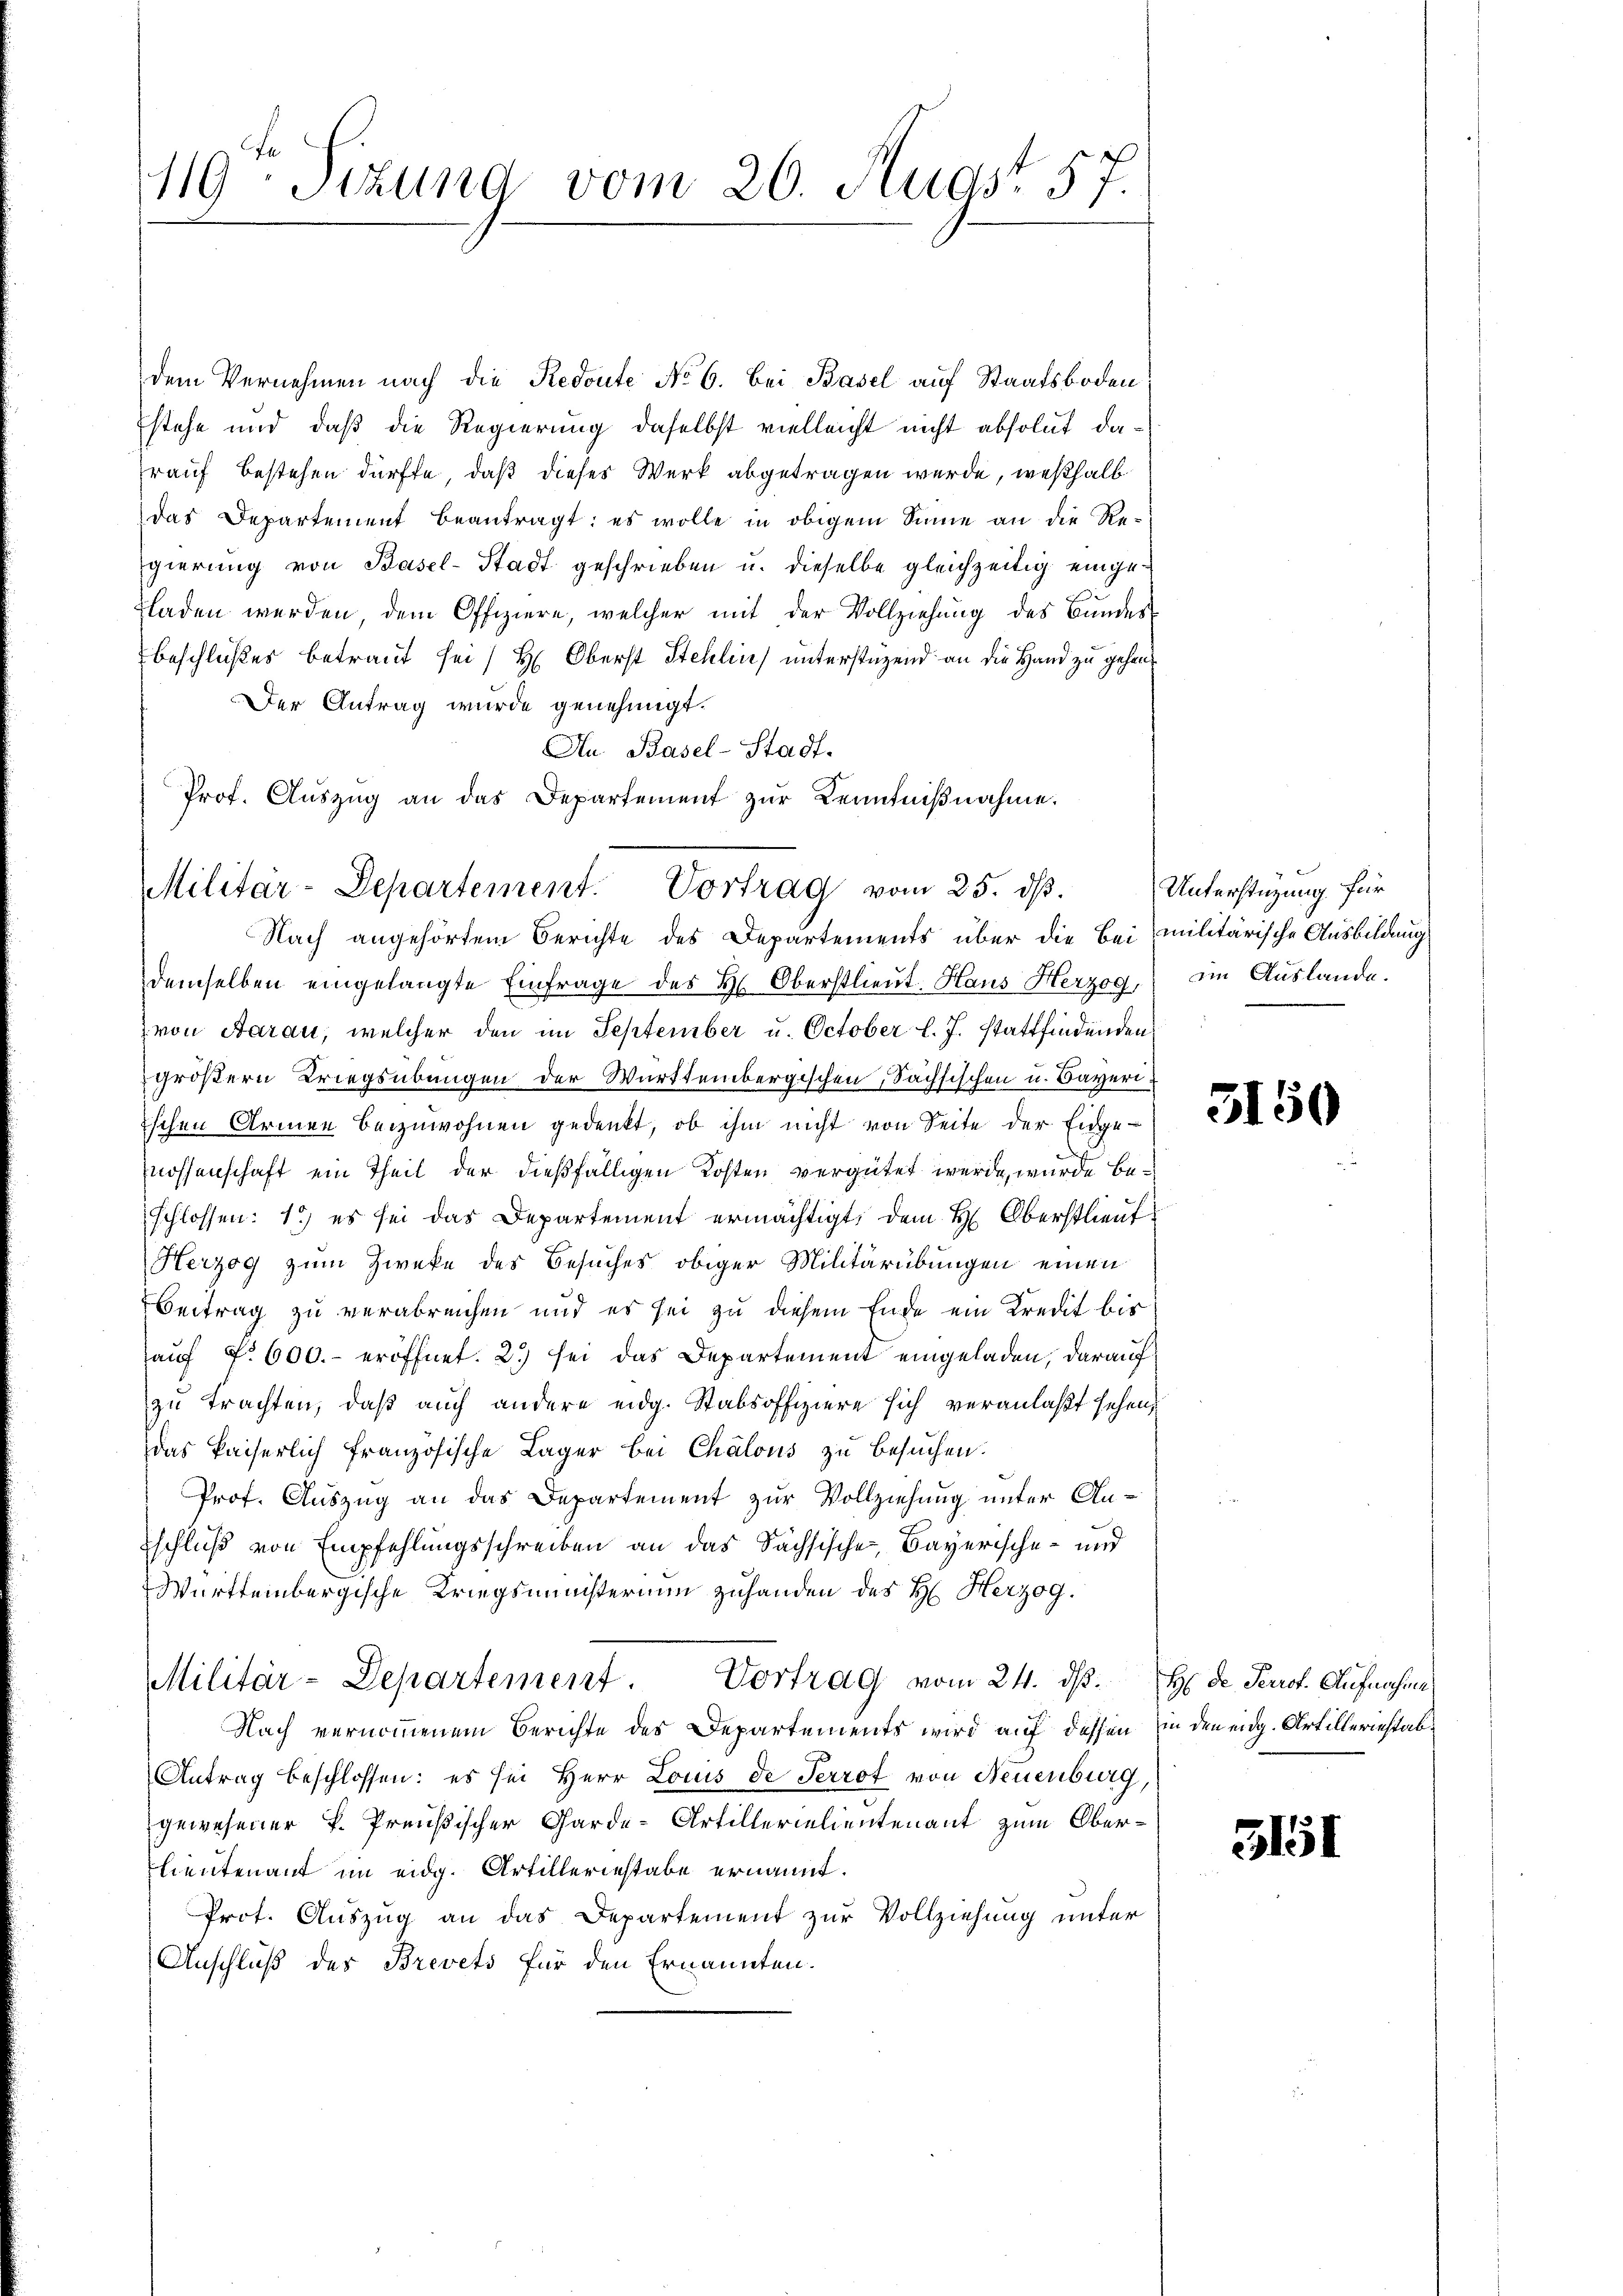
119 Sizung vom 26. Augst 57.

dem Vernehmen nach die Redoute No 6. Bei Basel auf Staatsboden
stehe und daß die Regierung daselbst vielleicht nicht absolut darauf bestehen dürfte, daß dieses Werk abgetragen wurde, weßhalb
das Departement beantragt: es wolle in obigem Sinne an die Regierung von Basel-Stadt geschrieben u. dieselbe gleichzeitig eingeladen werden, dem Offiziere, welcher mit der Vollziehung des Bundes
Beschlußes betraut sei / H: Oberst Stehlin unterstagend an die Hand zu gehen¬
Der Antrag wurde genehmigt.
Au Basel-Stadt-
Prof. Auszug an das Departement zur Kenntniβnahme.
demselben eingelangte Einfrage des H. Oberstlieut. Haus Herzog, im Auslande.
von Aarau, welcher den im September u. October l. J. stattfindenden
größern Kriegsübungen der Württembergischen Sächsischen u. Bayeriischen Armen beizuwohnen gedenkt, ob ihm nicht von Seite der Eidge-
nossenschaft ein Theil der dießfälligen Kosten vergütet werde, wurde beschlossen: 1.) es sei das Departement ermächtigt, dem H. Oberstlieut.
Herzog zum Zweke des Besuches obiger Militärübungen einen
Beitrag zu verabreichen und es sei zu diesem Ende ein Kredit bis
auf No 600.- eröffnet. 2) sei das Departement eingeladen, darauf
zu trachten, daß auch andere eidg. Stabsoffiziere sich veranlaßt sehen,
das kaiserlich französische Lager bei Chalous zu besuchen.
Prof. Auszug an das Departement zur Vollziehung unter Anschluß von Empfehlungsschreiben an das Sächsische, Bayerische- und
Württembergische Kriegsministerium zuhanden des H. Herzog.
Vortrag vom 24. ds. H. Dr. Perrot. Aufnahme
Militär-Departement.
Nach vernommenem Berichte des Departements wird auf dessen in den eidg. Artilleriestab¬
Antrag beschlossen: es sei Herr Louis de Perrof von Neuenburg,
gewesener k. Preußischer Garde-Artillerielientenant zum Oberlieutenant im eidg. Artilleriestabe ernannt.
Prot. Auszug an das Departement zur Vollziehung unter
Anschluß des Brevets für den Ernannten.

Militär-Departement. Vortrag vom 25. dβ.
Nach angehörtem Berichte des Departements über die Bei militärische Ausbildung

Unterstüzung für

5150

3151